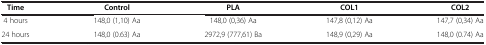
<table><thead><tr><td><b>Time</b></td><td><b>Control</b></td><td><b>PLA</b></td><td><b>COL1</b></td><td><b>COL2</b></td></tr></thead><tbody><tr><td>4 hours</td><td>148,0 (1,10) Aa</td><td>148,0 (0,36) Aa</td><td>147,8 (0,12) Aa</td><td>147,7 (0,34) Aa</td></tr><tr><td>24 hours</td><td>148,0 (0.63) Aa</td><td>2972,9 (777,61) Ba</td><td>148,9 (0,29) Aa</td><td>148,0 (0.74) Aa</td></tr></tbody></table>